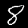
Label: 8